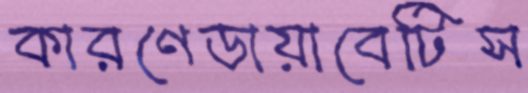
কারণেডায়াবেটিস